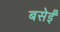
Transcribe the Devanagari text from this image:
बसेईं